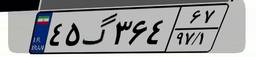
۸۲گ۴۷۵۴۷